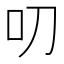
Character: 叨